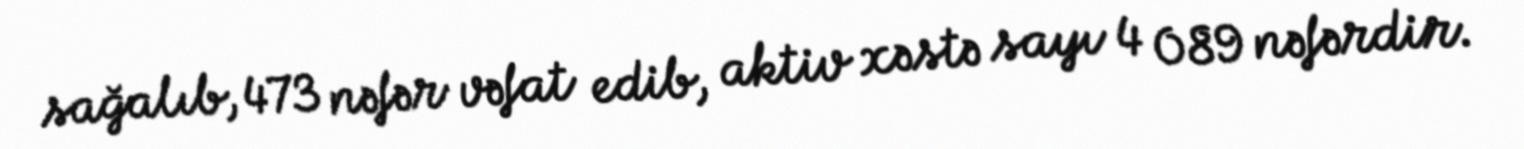
sağalıb, 473 nəfər vəfat edib, aktiv xəstə sayı 4 089 nəfərdir.